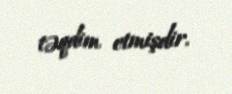
təqdim etmişdir.